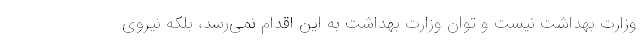
وزارت بهداشت نیست و توان وزارت بهداشت به این اقدام نمی‌رسد، بلکه نیروی